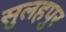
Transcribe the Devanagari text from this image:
सुलहपुर